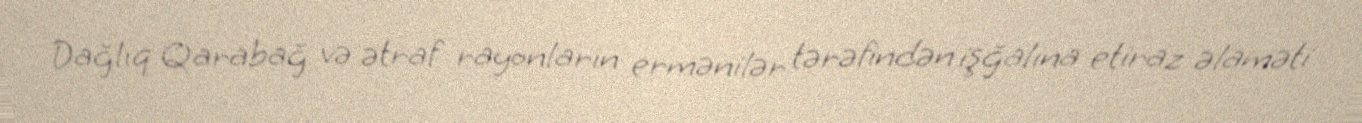
Dağlıq Qarabağ və ətraf rayonların ermənilər tərəfindən işğalına etiraz əlaməti